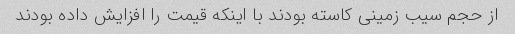
از حجم سیب زمینی کاسته بودند با اینکه قیمت را افزایش داده بودند